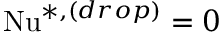
\mathrm { N u } ^ { * , ( d r o p ) } = 0